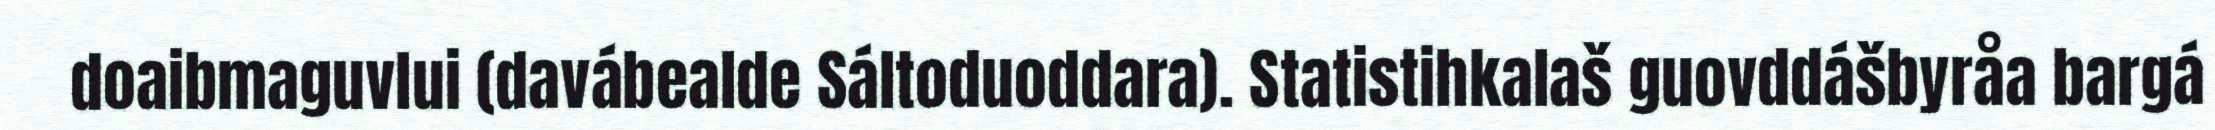
doaibmaguvlui (davábealde Sáltoduoddara). Statistihkalaš guovddášbyråa bargá